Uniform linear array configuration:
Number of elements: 24
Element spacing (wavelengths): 0.75
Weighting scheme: hamming
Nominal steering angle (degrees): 15
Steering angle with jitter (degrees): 16.513
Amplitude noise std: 0.05
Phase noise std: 0.05

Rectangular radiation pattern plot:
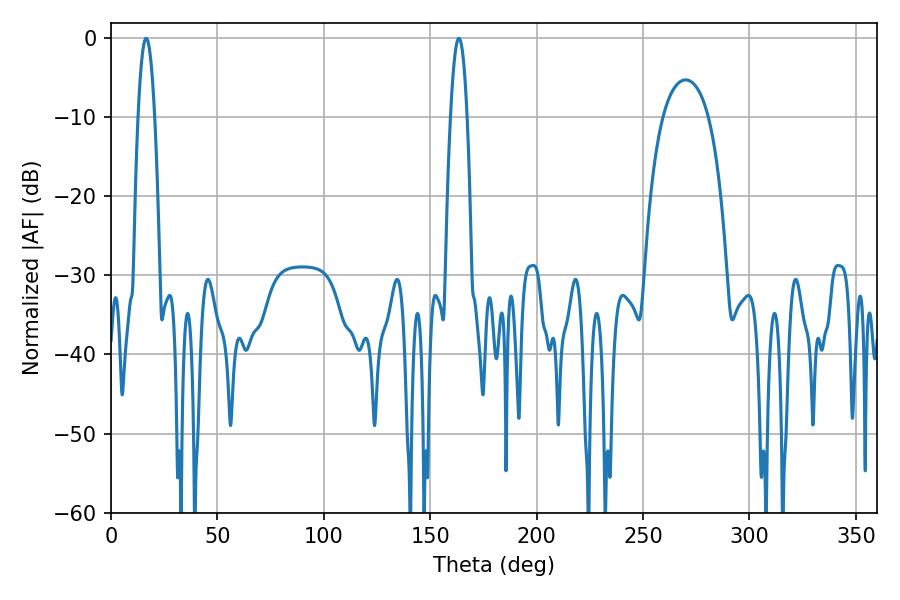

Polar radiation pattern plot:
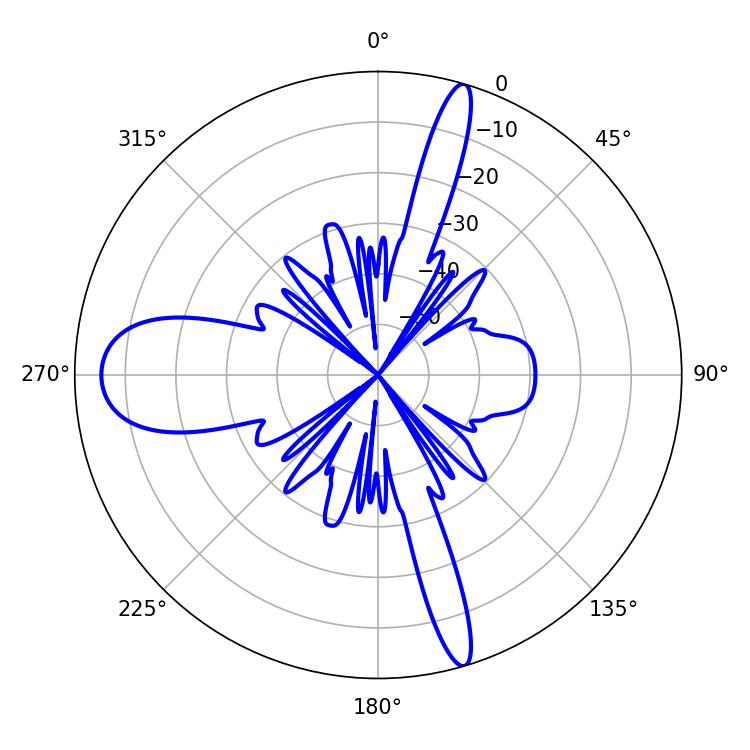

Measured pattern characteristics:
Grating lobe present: TRUE
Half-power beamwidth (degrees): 4.32
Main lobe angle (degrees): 16.56